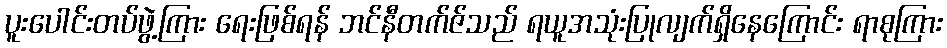
ပူးပေါင်းတပ်ဖွဲ့ကြား ရေးဖြစ်ရန် ဘင်နီတက်ဇ်သည် ရယူအသုံးပြုလျက်ရှိနေကြောင်း ရာစုကြား